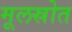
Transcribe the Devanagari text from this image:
मूलस्रोत